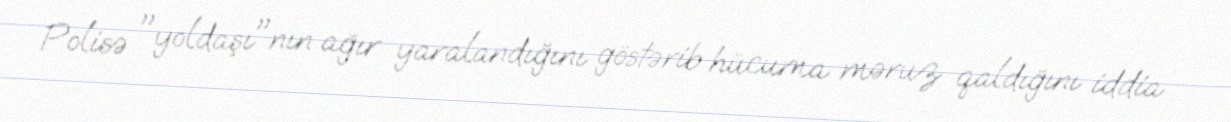
Polisə "yoldaşı"nın ağır yaralandığını göstərib hücuma məruz qaldığını iddia